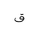
Letter: _qaf